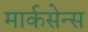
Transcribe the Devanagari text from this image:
मार्कसेन्स